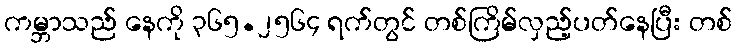
ကမ္ဘာသည် နေကို ၃၆၅.၂၅၆၄ ရက်တွင် တစ်ကြိမ်လှည့်ပတ်နေပြီး တစ်